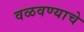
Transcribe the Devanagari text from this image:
वळवण्याचे